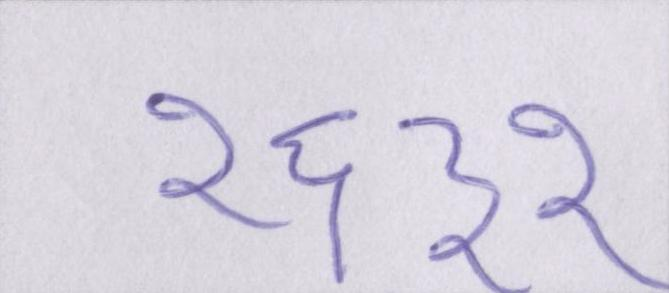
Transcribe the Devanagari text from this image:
१६३२